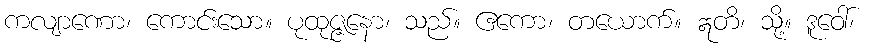
ကလျာဏော၊ ကောင်းသော။ ပုထုဇ္ဇနော၊ သည်။ ဧကော၊ တယောက်။ ဣတိ၊ သို့။ ဒူဝေါ်၊